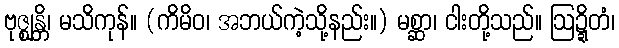
ဗုဇ္ဈန္တိ၊ မသိကုန်။ (ကိမိဝ၊ အဘယ်ကဲ့သို့နည်း။) မစ္ဆာ၊ ငါးတို့သည်။ ဩဍ္ဍိတံ၊